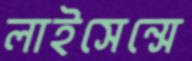
লাইসেন্সে